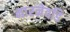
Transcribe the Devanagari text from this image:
मारनेवडि